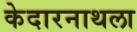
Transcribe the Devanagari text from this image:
केदारनाथला